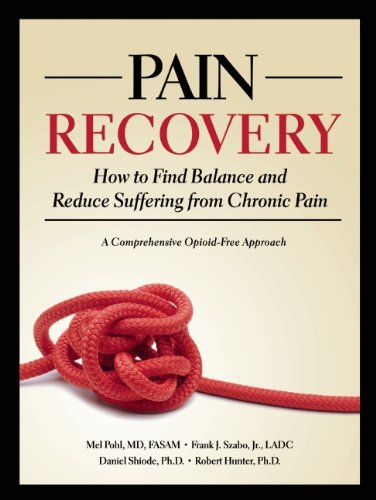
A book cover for Pain Recovery: How to Find Balance and Reduce Suffering from Chronic Pain; Mel Pohl; Health, Fitness & Dieting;